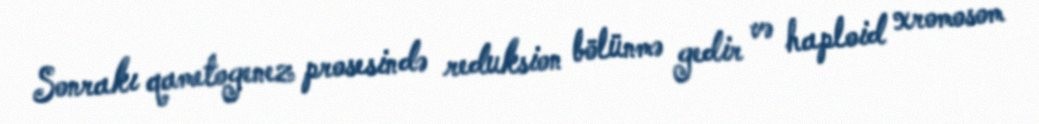
Sonrakı qametogenez prosesində reduksion bölünmə gedir və haploid xromosom